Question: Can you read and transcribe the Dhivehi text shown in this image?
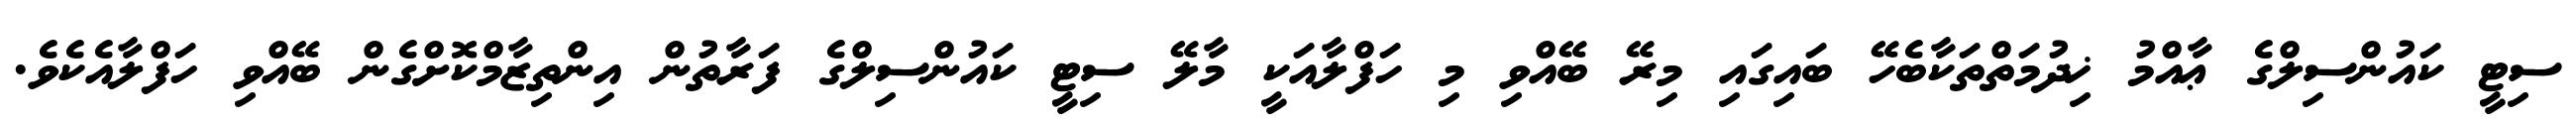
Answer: ސިޓީ ކައުންސިލްގެ ޢާއްމު ޚިދުމަތްތަކާބެހޭ ބައިގައި މިރޭ ބޭއްވި މި ހަފްލާއަކީ މާލޭ ސިޓީ ކައުންސިލްގެ ފަރާތުން އިންތިޒާމްކޮށްގެން ބޭއްވި ހަފްލާއެކެވެ.